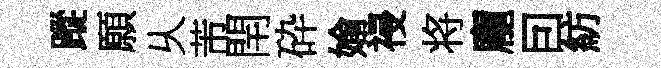
蹤願乆芾閈砕媮祲将龐囙紡